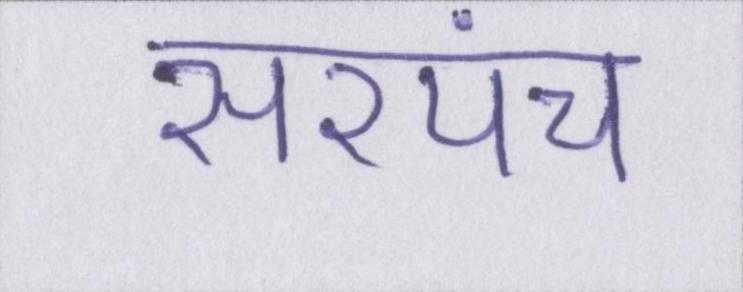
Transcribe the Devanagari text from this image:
सरपंच